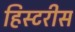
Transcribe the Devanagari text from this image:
हिस्टरीस